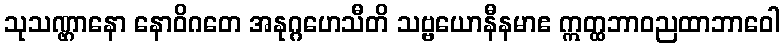
သုသဏ္ဌာနော နောဝိဂတေ အနုဂ္ဂဟေသီတိ သဗ္ဗယောနီနမာဧ ဣတ္ထဘာဝညထာဘာဝေါ